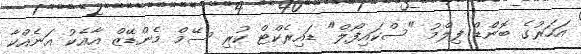
އަހަރުގެ ބޮންޑް ފިލްމު "ސްކައިފޯލް" ޑައިރެކްޓް ކުރި ސޭމް މެންޑޭޒް އާއެކު އަނެއްކާ